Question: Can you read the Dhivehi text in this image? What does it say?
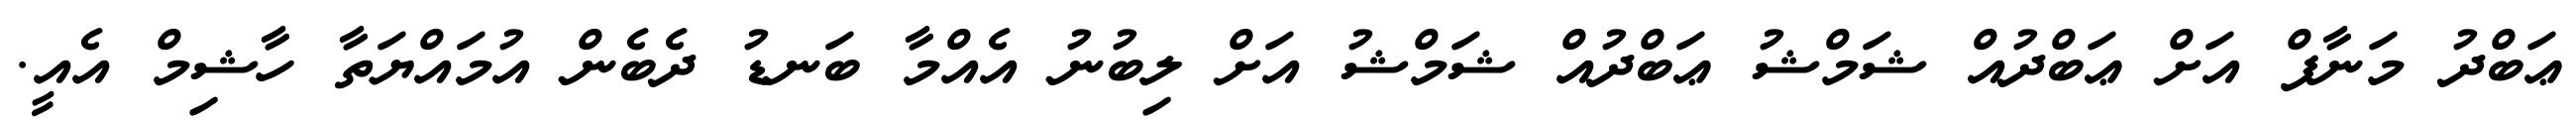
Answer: ޢަބްދު މަނާފް އަށް ޢަބްދުއް ޝަމްޝު ޢަބްދުއް ޝަމްޝު އަށް ލިބުނު އެއްމާ ބަނޑު ދެބެން އުމައްޔަތާ ހާޝިމް އެއީ.